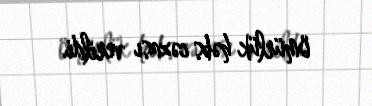
ömürlük həbs cəzası verildi.